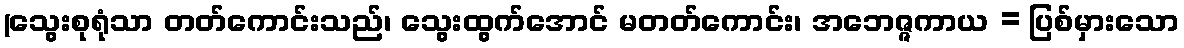
(သွေးစုရုံသာ တတ်ကောင်းသည်၊ သွေးထွက်အောင် မတတ်ကောင်း၊ အဘေဇ္ဇကာယ = ပြစ်မှားသော